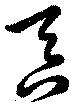
吝